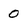
Character: 0